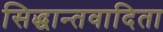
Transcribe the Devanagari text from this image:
सिद्धान्तवादिता